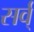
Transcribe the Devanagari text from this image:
सर्व्